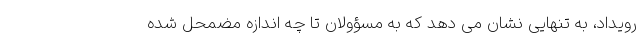
رویداد، به تنهایی نشان می دهد که به مسؤولان تا چه اندازه مضمحل شده